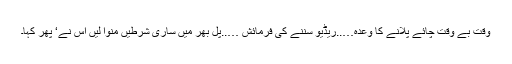
وقت بے وقت چائے پلانے کا وعدہ…..ریڈیو سننے کی فرمائش …..پل بھر میں ساری شرطیں منوا لیں اس نے‘ پھر کہا۔